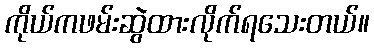
ကိုယ်ကဖမ်းဆွဲထားလိုက်ရသေးတယ်။